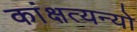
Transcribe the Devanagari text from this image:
कांक्षत्यन्यो